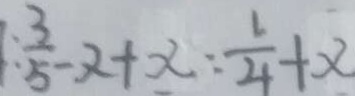
: \frac { 3 } { 5 } - x + x : \frac { 1 } { 4 } + x \vert